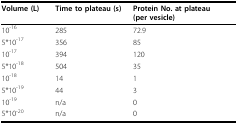
<table><thead><tr><td><b>Volume (L)</b></td><td><b>Time to plateau (s)</b></td><td><b>Protein No. at plateau (per vesicle)</b></td></tr></thead><tbody><tr><td>10<sup>-16</sup></td><td>285</td><td>72.9</td></tr><tr><td>5*10<sup>-17</sup></td><td>356</td><td>85</td></tr><tr><td>10<sup>-17</sup></td><td>394</td><td>120</td></tr><tr><td>5*10<sup>-18</sup></td><td>504</td><td>35</td></tr><tr><td>10<sup>-18</sup></td><td>14</td><td>1</td></tr><tr><td>5*10<sup>-19</sup></td><td>44</td><td>3</td></tr><tr><td>10<sup>-19</sup></td><td>n/a</td><td>0</td></tr><tr><td>5*10<sup>-20</sup></td><td>n/a</td><td>0</td></tr></tbody></table>